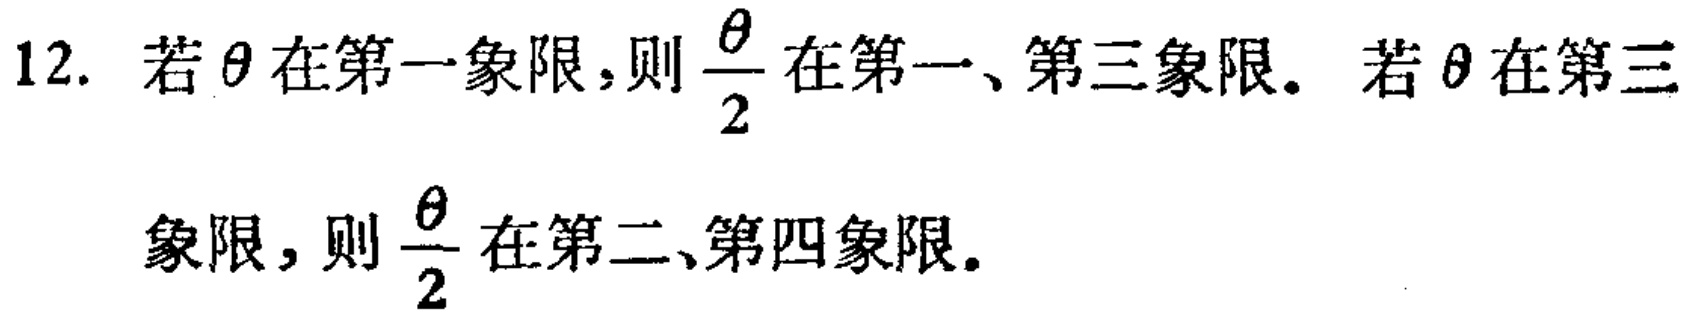
12. 若$\theta$在第一象限，则$\frac{\theta}{2}$在第一、第三象限。若$\theta$在第三
象限，则$\frac{\theta}{2}$在第二、第四象限。